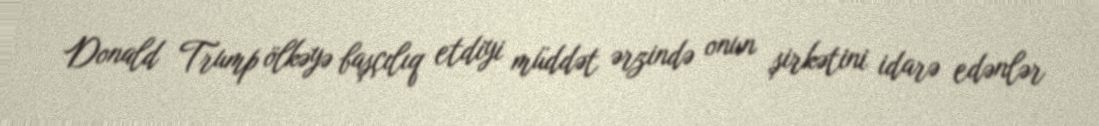
Donald Trump ölkəyə başçılıq etdiyi müddət ərzində onun şirkətini idarə edənlər